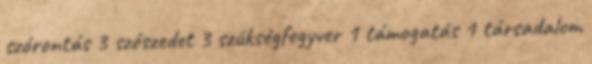
szórontás 3 szószedet 3 szükségfegyver 1 támogatás 1 társadalom